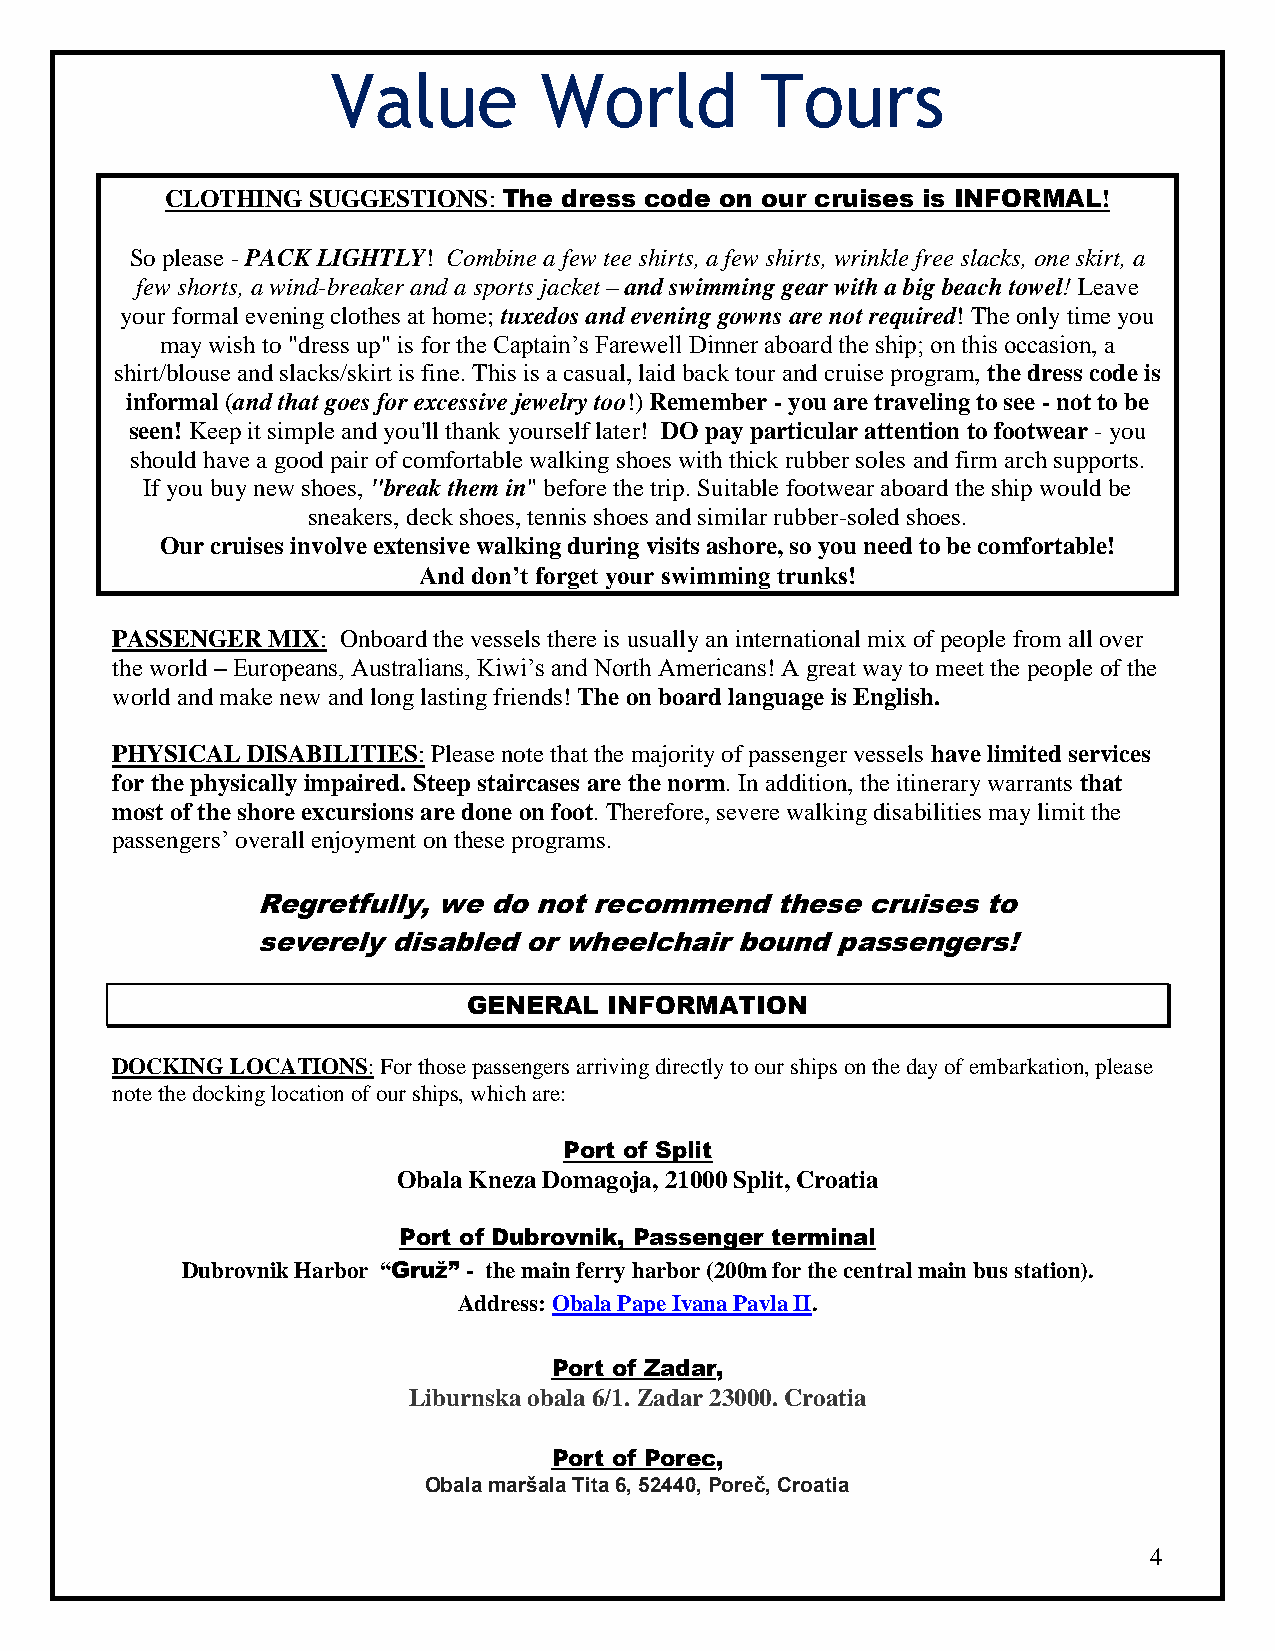
Value         World         Tours
 CLOTHING SUGGESTIONS: The dress code on our cruises is INFORMAL!
 So please - PACK LIGHTLY! Combine a few tee shirts, a few shirts, wrinkle free slacks, one skirt, a
 few shorts, a wind-breaker and a sports jacket – and swimming gear with a big beach towel! Leave
 your formal evening clothes at home; tuxedos and evening gowns are not required! The only time you
 may wish to "dress up" is for the Captain’s Farewell Dinner aboard the ship; on this occasion, a
 shirt/blouse and slacks/skirt is fine. This is a casual, laid back tour and cruise program, the dress code is
 informal (and that goes for excessive jewelry too!) Remember - you are traveling to see - not to be
 seen! Keep it simple and you'll thank yourself later! DO pay particular attention to footwear - you
 should have a good pair of comfortable walking shoes with thick rubber soles and firm arch supports.
 If you buy new shoes, "break them in" before the trip. Suitable footwear aboard the ship would be
 sneakers, deck shoes, tennis shoes and similar rubber-soled shoes.
 Our cruises involve extensive walking during visits ashore, so you need to be comfortable!
 And don’t forget your swimming trunks!
 PASSENGER  MIX: Onboard the vessels there is usually an international mix of people from all over
 the world – Europeans, Australians, Kiwi’s and North Americans! A great way to meet the people of the
 world and make new and long lasting friends! The on board language is English.
 PHYSICAL DISABILITIES: Please note that the majority of passenger vessels have limited services
 for the physically impaired. Steep staircases are the norm. In addition, the itinerary warrants that
 most of the shore excursions are done on foot. Therefore, severe walking disabilities may limit the
 passengers’ overall enjoyment on these programs.
 Regretfully, we do not recommend  these cruises to
 severely disabled or wheelchair bound passengers!
 GENERAL  INFORMATION
 DOCKING LOCATIONS: For those passengers arriving directly to our ships on the day of embarkation, please
 note the docking location of our ships, which are:
 Port of Split
 Obala Kneza Domagoja, 21000 Split, Croatia
 Port of Dubrovnik, Passenger terminal
 Dubrovnik Harbor “Gruž” - the main ferry harbor (200m for the central main bus station).
 Address: Obala Pape Ivana Pavla II.
 Port of Zadar,
 Liburnska obala 6/1. Zadar 23000. Croatia
 Port of Porec,
 Obala maršala Tita 6, 52440, Poreč, Croatia
 4